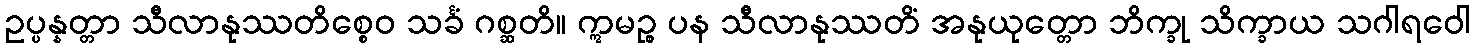
ဥပ္ပန္နတ္တာ သီလာနုဿတိစ္စေဝ သင်္ခံ ဂစ္ဆတိ။ ဣမဉ္စ ပန သီလာနုဿတိံ အနုယုတ္တော ဘိက္ခု သိက္ခာယ သဂါရဝေါ